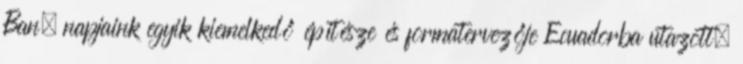
Ban, napjaink egyik kiemelkedő építésze és formatervezője Ecuadorba utazott,